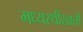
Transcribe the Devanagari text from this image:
मध्यस्थीखाली